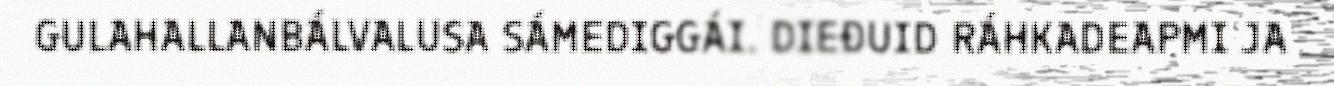
GULAHALLANBÁLVALUSA SÁMEDIGGÁI. DIEĐUID RÁHKADEAPMI JA